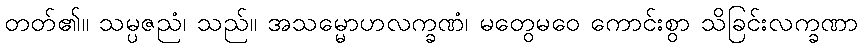
တတ်၏။ သမ္ပဇညံ၊ သည်။ အသမ္မောဟလက္ခဏံ၊ မတွေမဝေ ကောင်းစွာ သိခြင်းလက္ခဏာ